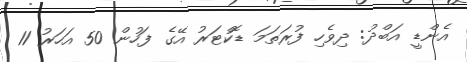
އެންޑީ އަބްދު: ދިވެހި ފުރަތަމަ ޑޮކްޓަރު އޭގެ ފަހުން 50 އަހަރު 11